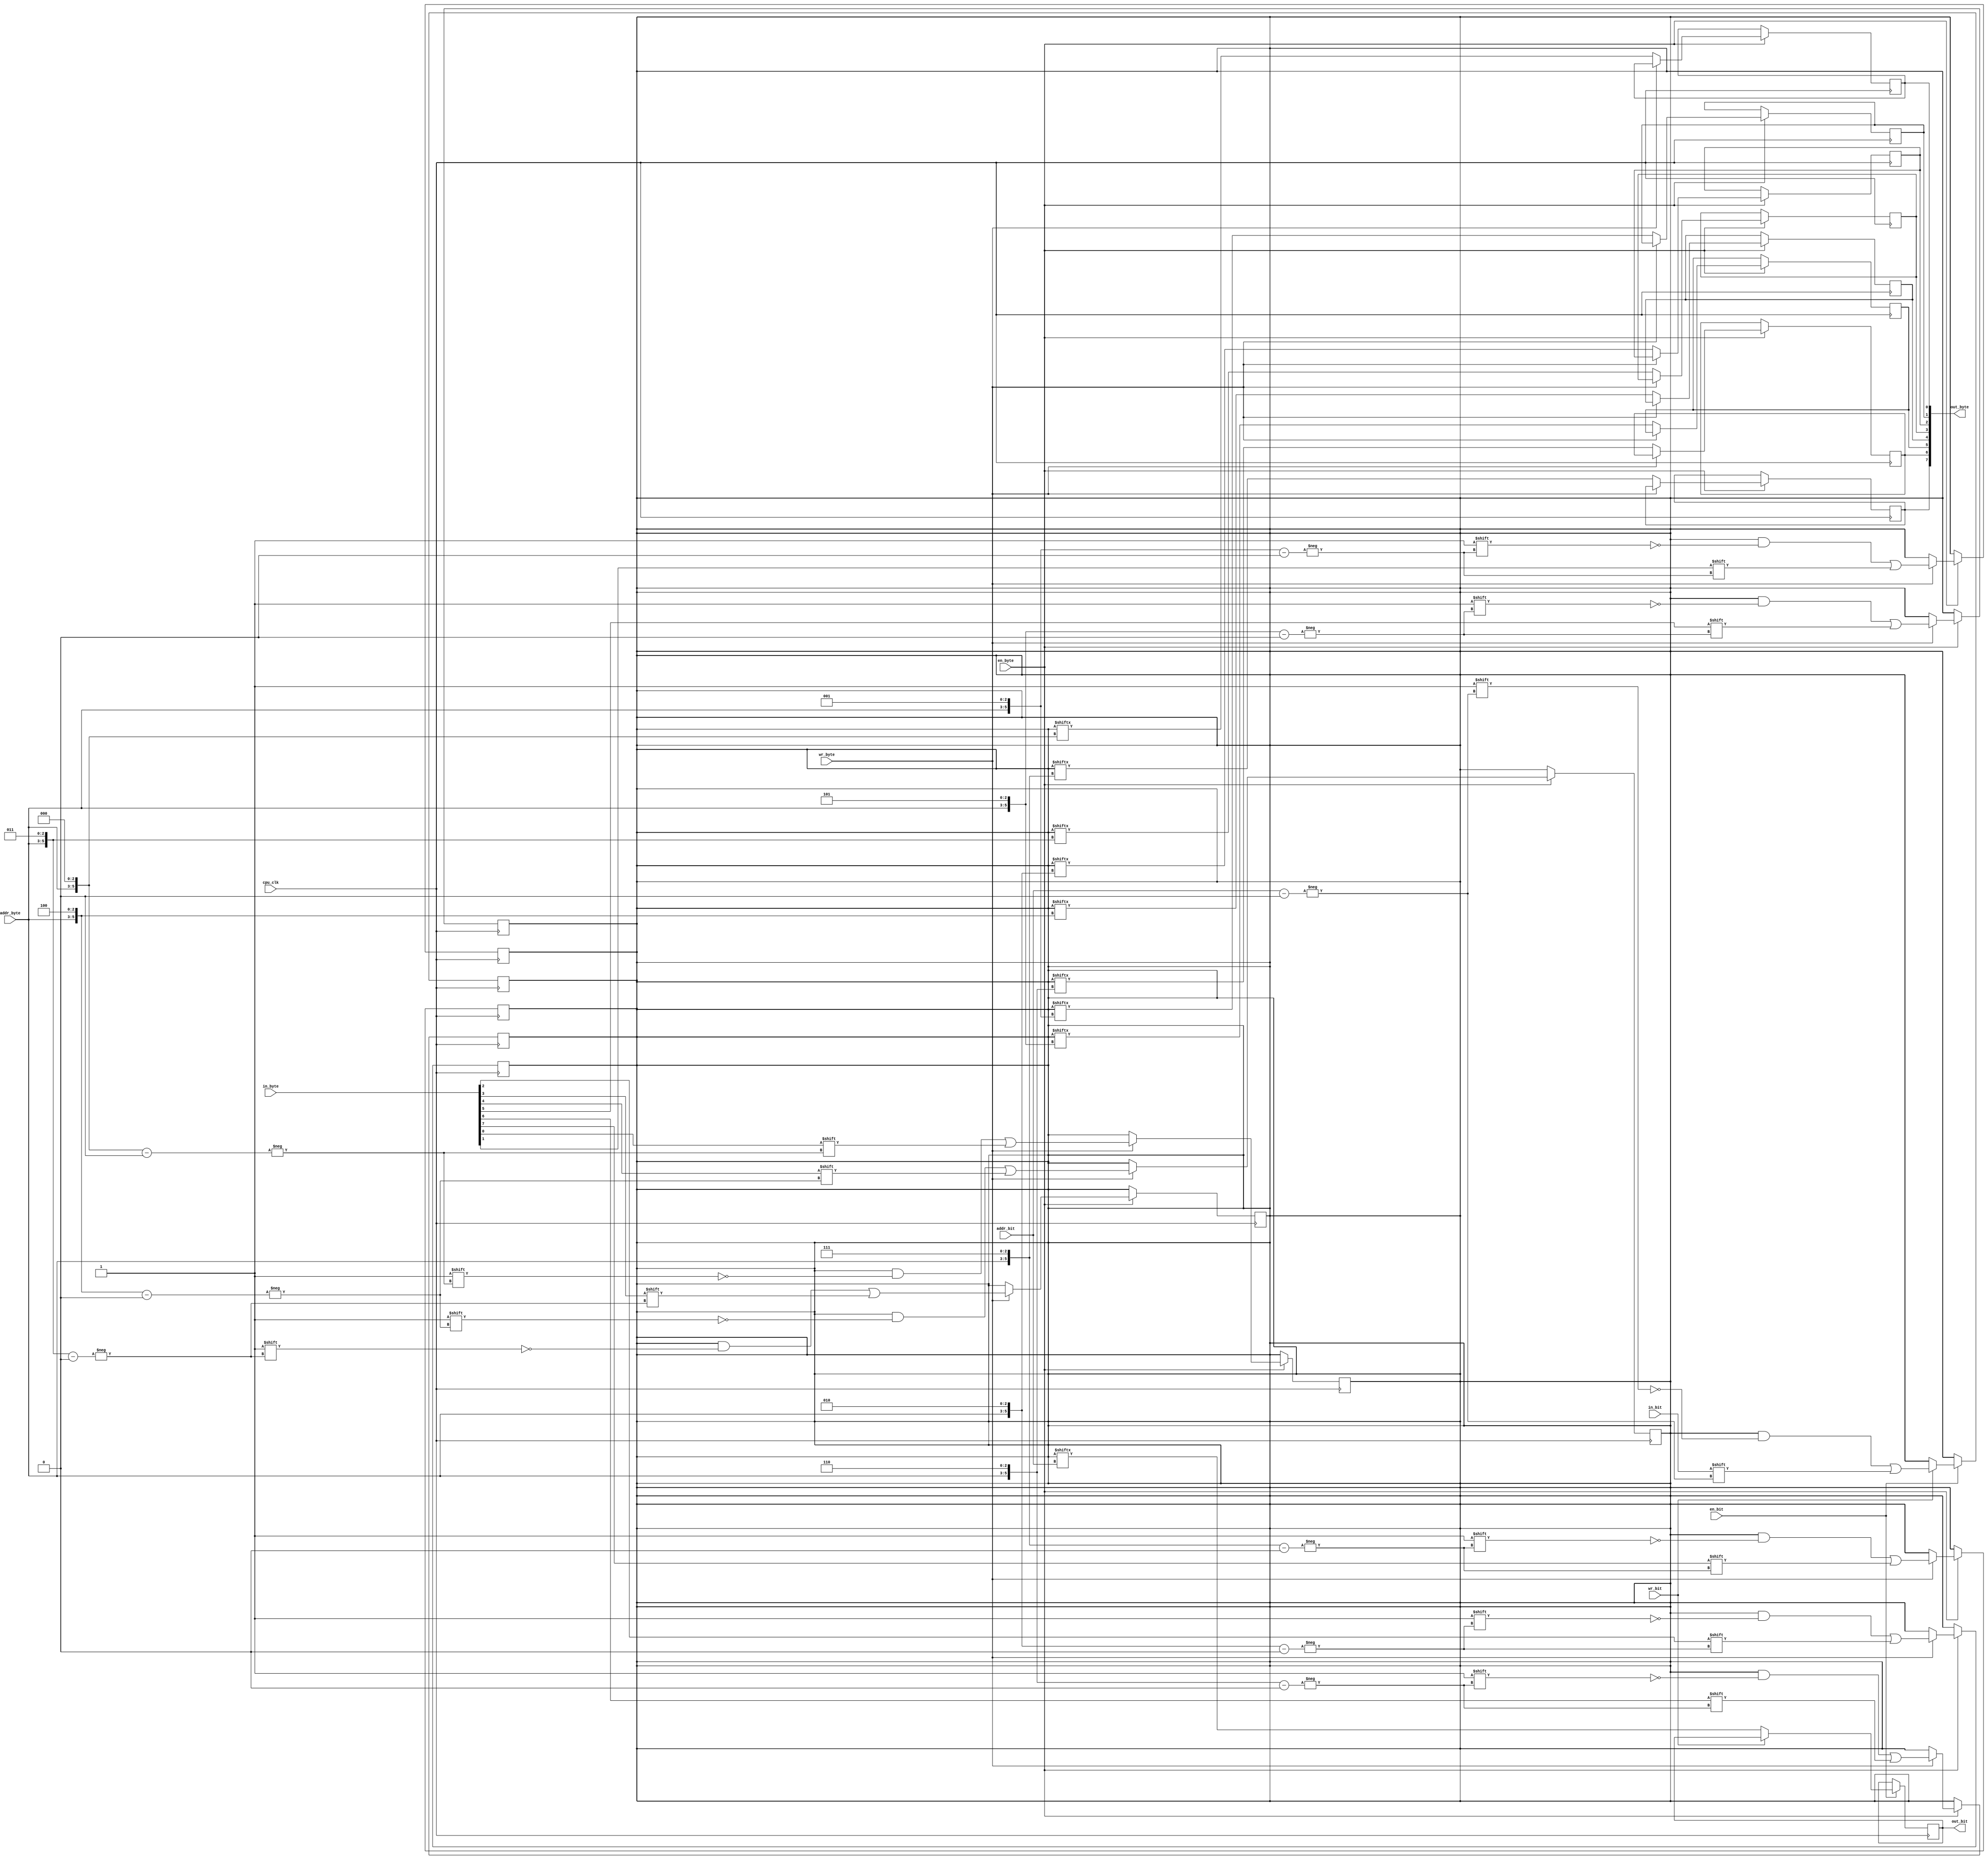
module dual_port_ram #
(
  parameter              DM_ADDR_W = 8  // Data Memory address width
)
(
  //----------------------------------------------------------------------------------------------------------------------
  // Inputs
  //----------------------------------------------------------------------------------------------------------------------
  input                  cpu_clk,       // CPU clock
  input                  en_bit,        // Bit port enable signal
  input                  en_byte,       // Byte port enable signal
  input                  wr_bit,        // Bit port write signal
  input                  wr_byte,       // Byte port write signal
  input [DM_ADDR_W-3:0]  addr_bit,      // Bit port address
  input [DM_ADDR_W-6:0]  addr_byte,     // Byte port address
  input                  in_bit,        // Bit port input data
  input [7:0]            in_byte,       // Byte port input data  
  
  //----------------------------------------------------------------------------------------------------------------------
  // Outputs
  //----------------------------------------------------------------------------------------------------------------------
  output reg             out_bit,       // Bit port input data
  output reg [7:0]       out_byte       // Byte port input data
);
  //----------------------------------------------------------------------------------------------------------------------
  // Memory array
  //----------------------------------------------------------------------------------------------------------------------
  reg [2**(DM_ADDR_W-2)-1:0] array;

  //----------------------------------------------------------------------------------------------------------------------
  // Bit port
  //----------------------------------------------------------------------------------------------------------------------
  always @(posedge cpu_clk)
    if (en_bit)
    begin: bit_port
      if (wr_bit)
      begin
        array[addr_bit] <= in_bit;
      end
      else
        out_bit         <= array[addr_bit];
    end

  //----------------------------------------------------------------------------------------------------------------------
  // Byte port
  //----------------------------------------------------------------------------------------------------------------------
  genvar i;
  
  generate 
  for (i = 0; i < 8; i = i + 1)
    begin: byte_port
      localparam [2:0] I = i;
      
      always @(posedge cpu_clk)
        if (en_byte)
          if (wr_byte) 
          begin
            array[{addr_byte, I}] <= in_byte[i];
          end 
          else
            out_byte[i] <= array[{addr_byte, I}];	  
    end
  endgenerate

endmodule